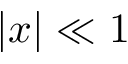
| x | \ll 1